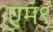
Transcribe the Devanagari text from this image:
एम९